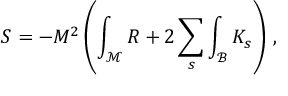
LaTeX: S = - M ^ { 2 } \left( \int _ { \mathcal M } R + 2 \sum _ { s } \int _ { \mathcal B } K _ { s } \right) \, ,